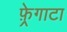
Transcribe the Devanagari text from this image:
फ़्रेगाटा